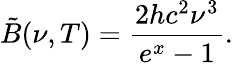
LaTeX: \tilde{B}(\nu,T)={\frac{2hc^{2}\nu^{3}}{e^{x}-1}}.